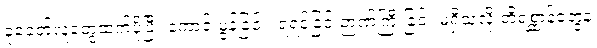
ခုခေတ်လူတွေထက်ပိုပြီး ကောင်းမွန်ခြင်း၊ ရဲရင့်ခြင်းဉာဏ်ကြီးခြင်း မရှိသလို တိရစ္ဆာန်တွေနဲ့